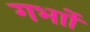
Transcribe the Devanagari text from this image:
गर्भाों